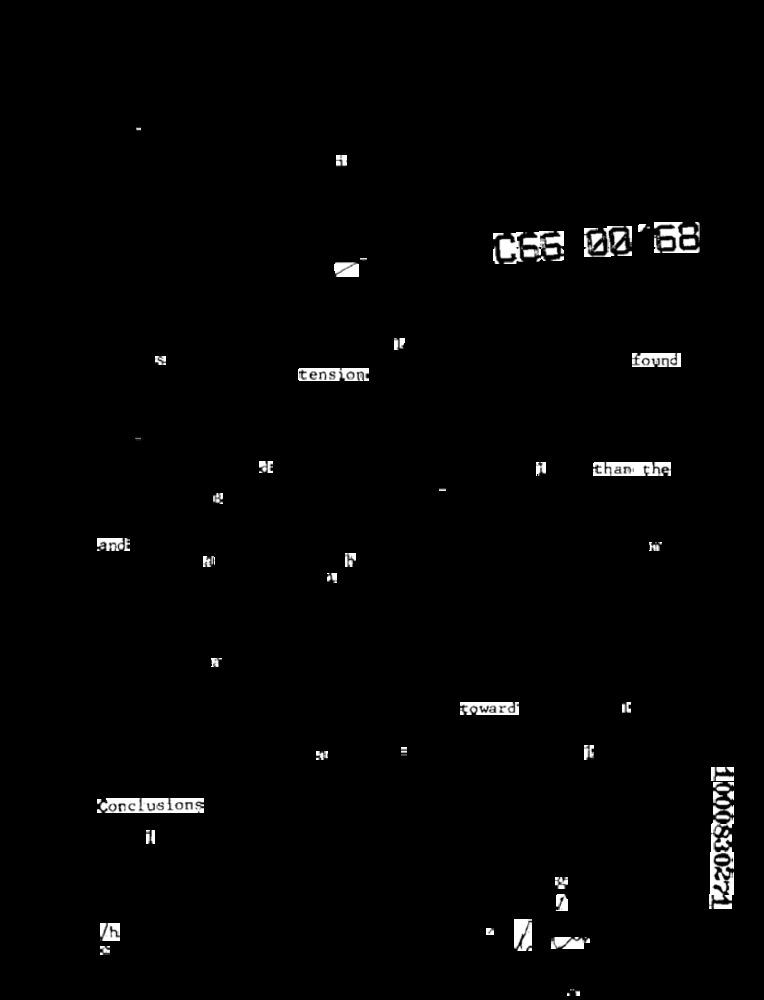
C66 00'68
found
tension
DE
than the
land
KI
Th
toward
E
Conclusions
il
11000830271
/h
1